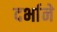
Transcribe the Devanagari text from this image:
दर्भाने